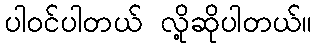
ပါဝင်ပါတယ် လို့ဆိုပါတယ်။